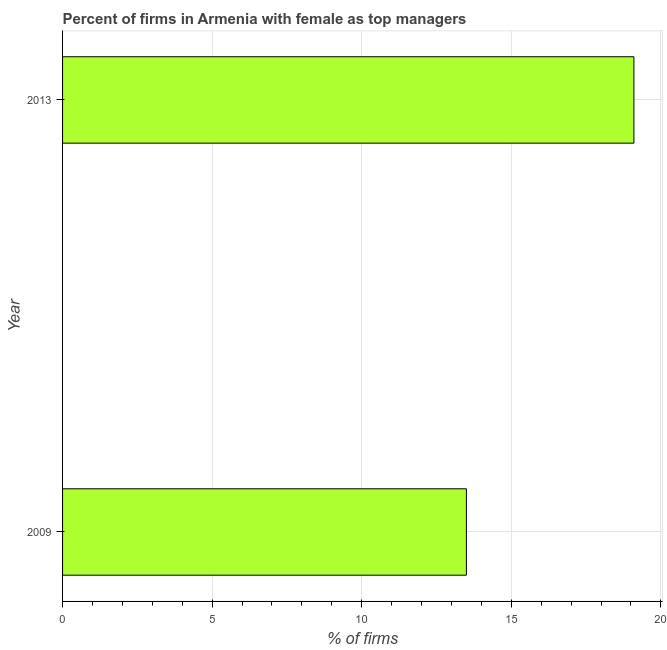
| Year | Firms with female top manager |
 | --- | --- |
 | 2009 | 13.5 |
 | 2013 | 19.1 |